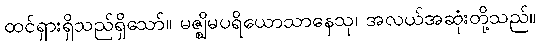
ထင်ရှားရှိသည်ရှိသော်။ မဇ္ဈိမပရိယောသာနေသု၊ အလယ်အဆုံးတို့သည်။